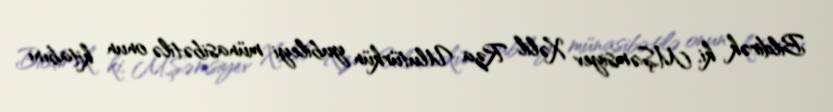
Bildirək ki, M.Şəmsiyev Xəlil Rza Ulutürkün yubileyi münasibətilə onun kitabını